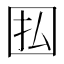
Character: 𫭅